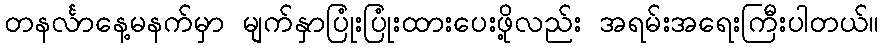
တနင်္လာနေ့မနက်မှာ မျက်နှာပြုံးပြုံးထားပေးဖို့လည်း အရမ်းအရေးကြီးပါတယ်။